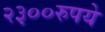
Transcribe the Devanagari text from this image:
२३००रुपये